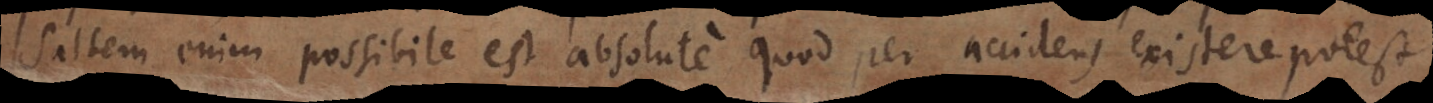
Saltem enim possibile est absolute quod per accidens existere potest